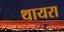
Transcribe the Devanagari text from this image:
थायरा